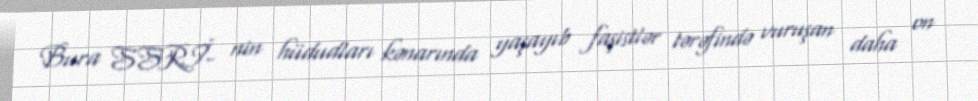
Bura SSRİ- nin hüdudları kənarında yaşayıb faşistlər tərəfində vuruşan daha on